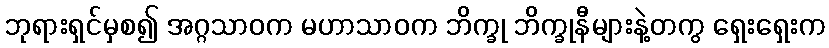
ဘုရားရှင်မှစ၍ အဂ္ဂသာဝက မဟာသာဝက ဘိက္ခု ဘိက္ခုနီများနဲ့တကွ ရှေးရှေးက